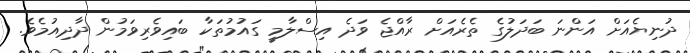
ދުނިޔެއަށް އަންނަ ބަދަލުގެ ތެރެއަށް ރާއްޖެ ވަދެ އިސްލާމީ ގައުމުތަކާ ބައިވެރިވަމުން ދާދިއުމެވެ.